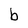
Character: b